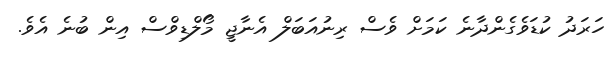
ހަރަދު ކުޑަވެގެންދާނެ ކަމަށް ވެސް ރިނުއަބަލް އެނާޖީ މޯލްޑިވްސް އިން ބުނެ އެވެ.